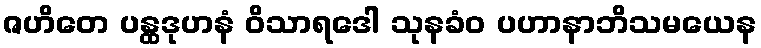
ဇဟိတေ ပန္ထဒုဟနံ ဝိသာရဒေါ သုနခံဝ ပဟာနာဘိသမယေန